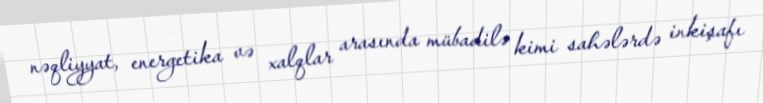
nəqliyyat, energetika və xalqlar arasında mübadilə kimi sahələrdə inkişafı